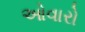
ઓવારો